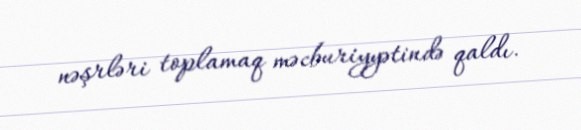
nəşrləri toplamaq məcburiyyətində qaldı.